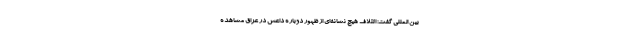
بین المللی گفت: ائتلاف هیچ نشانه‌ای از ظهور دوباره داعش در عراق مشاهده